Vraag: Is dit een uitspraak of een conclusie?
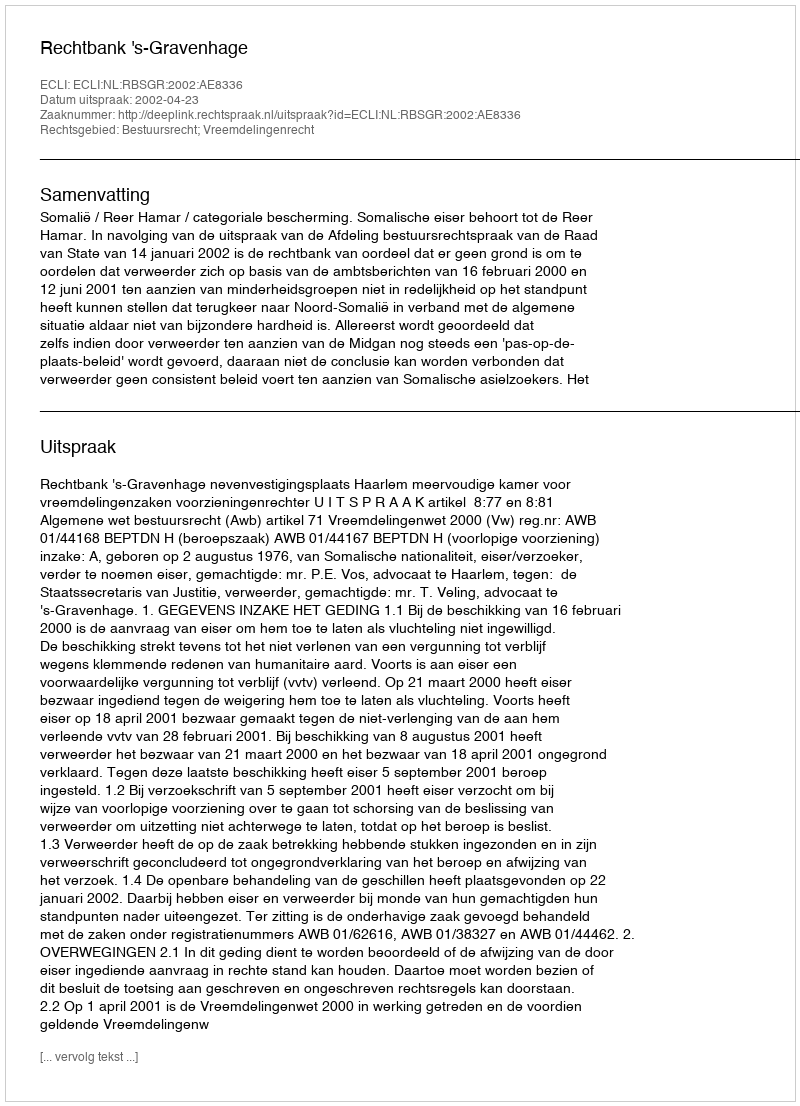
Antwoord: Uitspraak